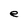
Character: e